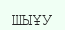
ШЫҰУ